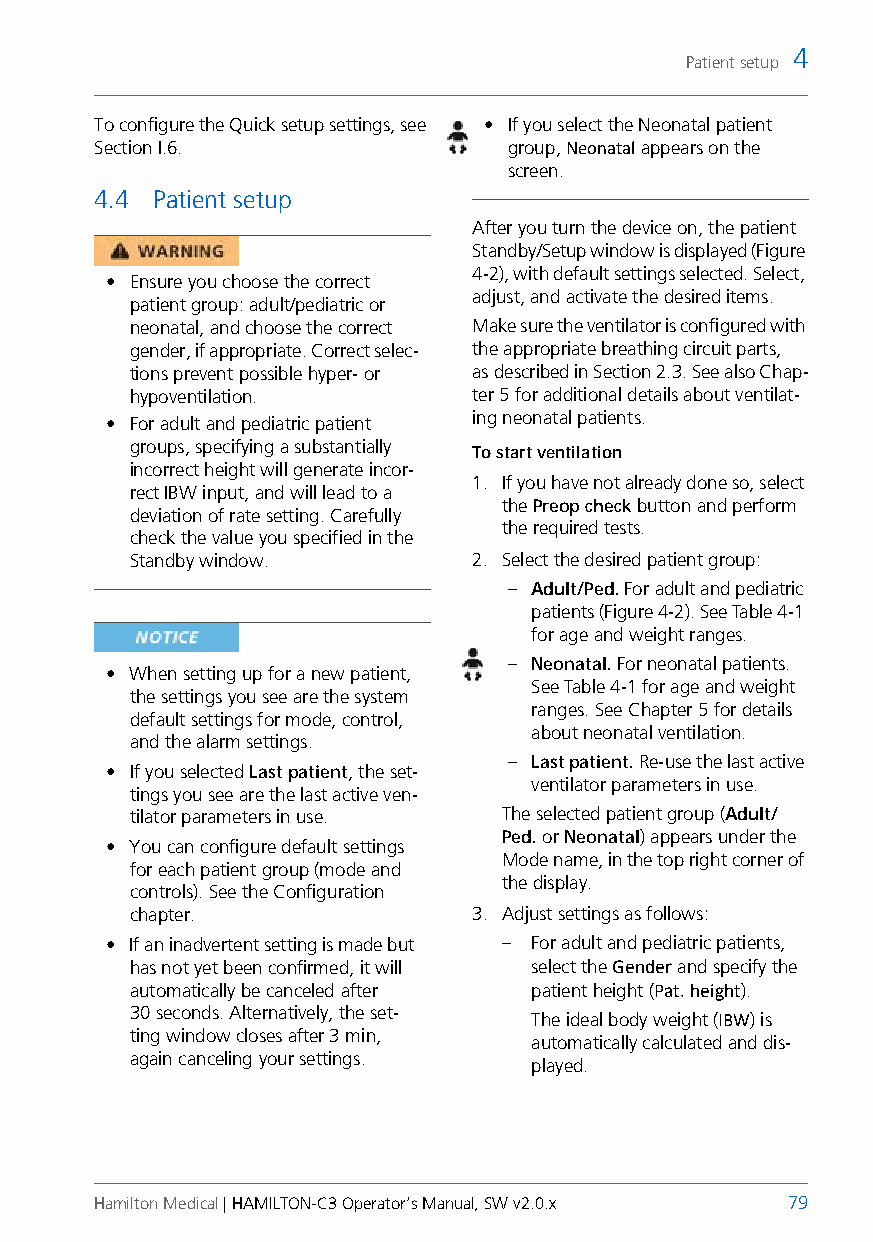
4
 Patient setup
 To configure the Quick setup settings, see • If you select the Neonatal patient
 Section I.6.                group, Neonatal appears on the
 screen.
 4.4 Patient setup
 After you turn the device on, the patient
 Standby/Setup window is displayed (Figure
 4-2), with default settings selected. Select,
 • Ensure you choose the correct
 adjust, and activate the desired items.
 patient group: adult/pediatric or
 neonatal, and choose the correct Make sure the ventilator is configured with
 gender, if appropriate. Correct selec- the appropriate breathing circuit parts,
 tions prevent possible hyper- or asdescribed in Section 2.3. See also Chap-
 hypoventilation.      ter 5 for additional details about ventilat-
 • For adult and pediatric patient ing neonatal patients.
 groups, specifying a substantially
 To start ventilation
 incorrect height will generate incor-
 1. If you have not already done so, select
 rect IBW input, and will lead to a
 the Preop check button and perform
 deviation of rate setting. Carefully
 the required tests.
 check the value you specified in the
 Standby window.       2. Select the desired patient group:
 – Adult/Ped. For adult and pediatric
 patients (Figure 4-2). See Table 4-1
 for age and weight ranges.
 – Neonatal. For neonatal patients.
 • When setting up for a new patient,
 See Table 4-1 for age and weight
 the settings you see are the system
 ranges. See Chapter 5 for details
 default settings for mode, control,
 about neonatal ventilation.
 and the alarm settings.
 – Last patient. Re-use the last active
 • If you selected Last patient, the set-
 ventilator parameters in use.
 tings you see are the last active ven-
 tilator parameters in use. The selected patient group (Adult/
 Ped. or Neonatal) appears under the
 • You can configure default settings
 Mode name, in the top right corner of
 for each patient group (mode and
 the display.
 controls). See the Configuration
 chapter.              3. Adjust settings as follows:
 • If an inadvertent setting is made but – For adult and pediatric patients,
 has not yet been confirmed, it will select the Gender and specify the
 automatically be canceled after patient height (Pat. height).
 30seconds. Alternatively, the set-
 The ideal body weight (IBW) is
 ting window closes after 3min,
 automatically calculated and dis-
 again canceling your settings.
 played.
 Hamilton Medical | HAMILTON-C3 Operator’s Manual, SW v2.0.x 79